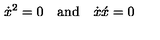
\dot { x } ^ { 2 } = 0 \quad \mathrm { a n d } \quad \dot { x } \acute { x } = 0